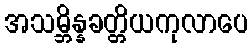
အသမ္ဘိန္နခတ္တိယကုလာပေ